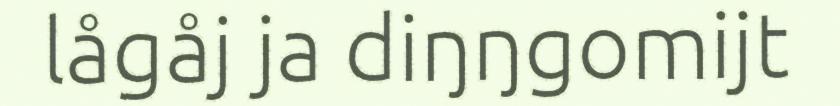
lågåj ja diŋŋgomijt